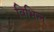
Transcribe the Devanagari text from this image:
विभिन्न्